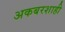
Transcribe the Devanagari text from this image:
अकबरशाही